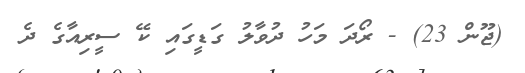
(ޖޫން 23) - ރޯދަ މަހު ދުވާލު ގަޑީގައި ކޭ ސީރިއާގެ ދެ